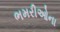
ભમરીઓના